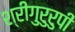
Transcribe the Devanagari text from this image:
श्रीगुरुरुपी